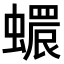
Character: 𧑩